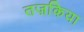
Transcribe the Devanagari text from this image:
तज़किया